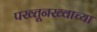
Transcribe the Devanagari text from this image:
पख्तूनख्वाच्या